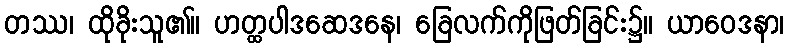
တဿ၊ ထိုခိုးသူ၏။ ဟတ္ထပါဒဆေဒနေ၊ ခြေလက်ကိုဖြတ်ခြင်း၌။ ယာဝေဒနာ၊